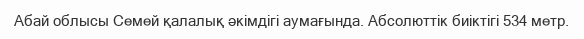
Абай облысы Семей қалалық әкімдігі аумағында. Абсолюттік биіктігі 534 метр.